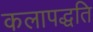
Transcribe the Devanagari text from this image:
कलापद्धति